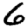
Digit: 6